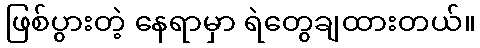
ဖြစ်ပွားတဲ့ နေရာမှာ ရဲတွေချထားတယ်။